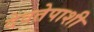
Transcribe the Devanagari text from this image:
देवतेपाशी